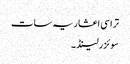
تراسی اعشاریہ سات
سوئزرلینڈ ۔